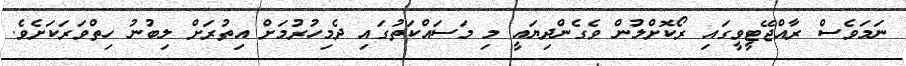
ނަމަވެސް ރާއްޖޭޓީވީގައި ރޯކޮށްލުން ވެގެންދިޔައީ މި މަސައްކަތުގައި ދެމިހުރުމަށް އިތުރަށް ލިބުނު ހިތްވަރަކަށެވެ.